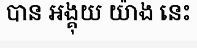
បាន អង្គុយ យ៉ាង នេះ